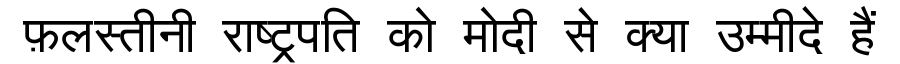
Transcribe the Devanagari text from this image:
फ़लस्तीनी राष्ट्रपति को मोदी से क्या उम्मीदे हैं